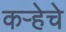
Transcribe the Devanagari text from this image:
कर्‍हेचे